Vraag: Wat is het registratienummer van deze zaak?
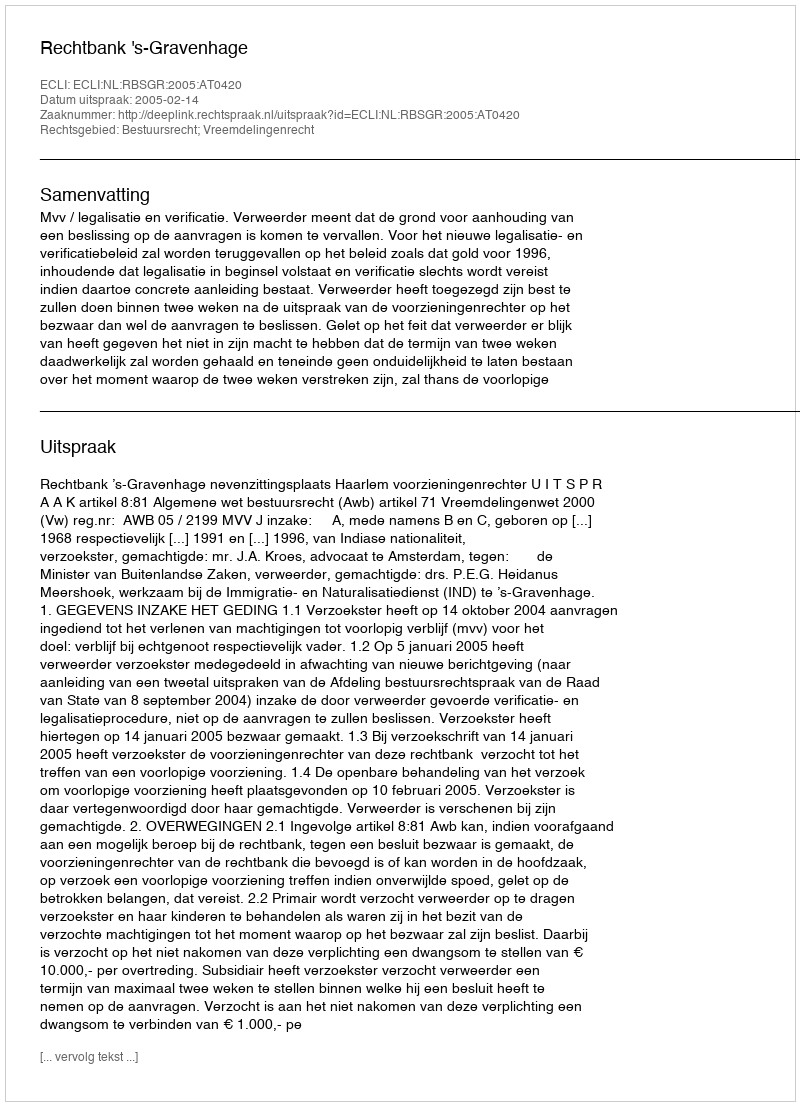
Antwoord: http://deeplink.rechtspraak.nl/uitspraak?id=ECLI:NL:RBSGR:2005:AT0420